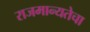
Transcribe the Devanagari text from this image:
राजमान्यतेचा